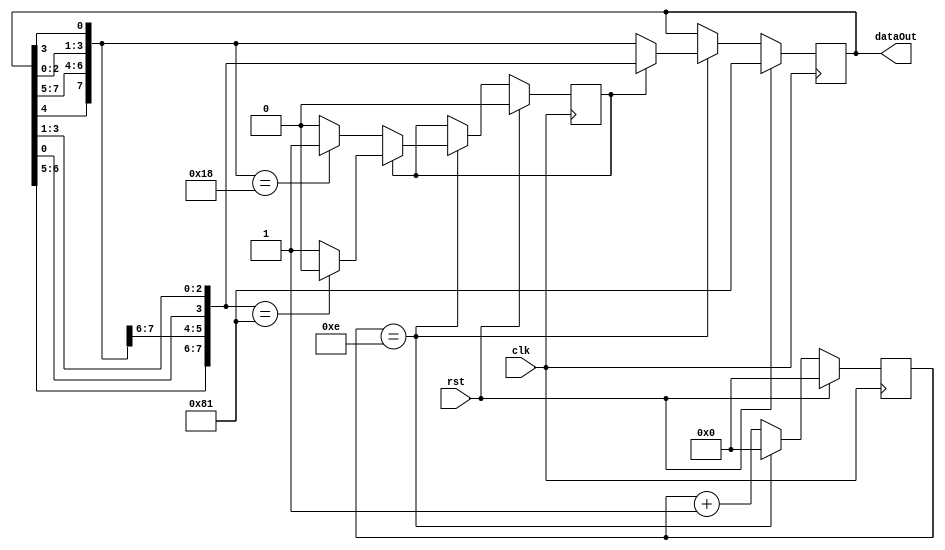
// Gksel can NAL
// S011827
module knightRider_part4(clk, rst, dataOut);

input clk, rst;
output reg [7:0] dataOut;

reg [21:0] counter, counterNext;
reg [ 7:0] dataOutNext;
reg  flag,flagNext;

parameter COUNT = 22'hF;

// registers
always @(posedge clk) begin
	counter <=  counterNext;
	dataOut <=  dataOutNext;
	flag <=  flagNext;
end

always @(*) begin
	dataOutNext = dataOut;
	counterNext = counter;
	flagNext = flag;
	if(rst) begin
		dataOutNext = 8'b10000001;
		counterNext = 0;
		flagNext = 0;
	end
	else if(counter == COUNT -1) begin
		if(flag == 0) begin
			dataOutNext = {dataOut[4], dataOut[7:5], dataOut[2:0], dataOut[3]};
			counterNext = 0;
		if(dataOutNext == 8'b00011000) begin
			flagNext = 1;
		end
		end
		else begin
			dataOutNext = {dataOut[6:4], dataOut[7], dataOut[0], dataOut[3:1]};
			counterNext = 0;
			flagNext = 1;
			if(dataOutNext == 8'b10000001)begin
				flagNext = 0;
			end
		end
	end
	else begin
		counterNext = counter +1;
	end
end

endmodule